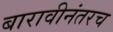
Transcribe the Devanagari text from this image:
बारावीनंतरच